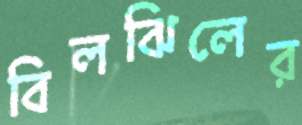
বিলঝিলের